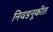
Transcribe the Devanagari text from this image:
निवडनूकीत